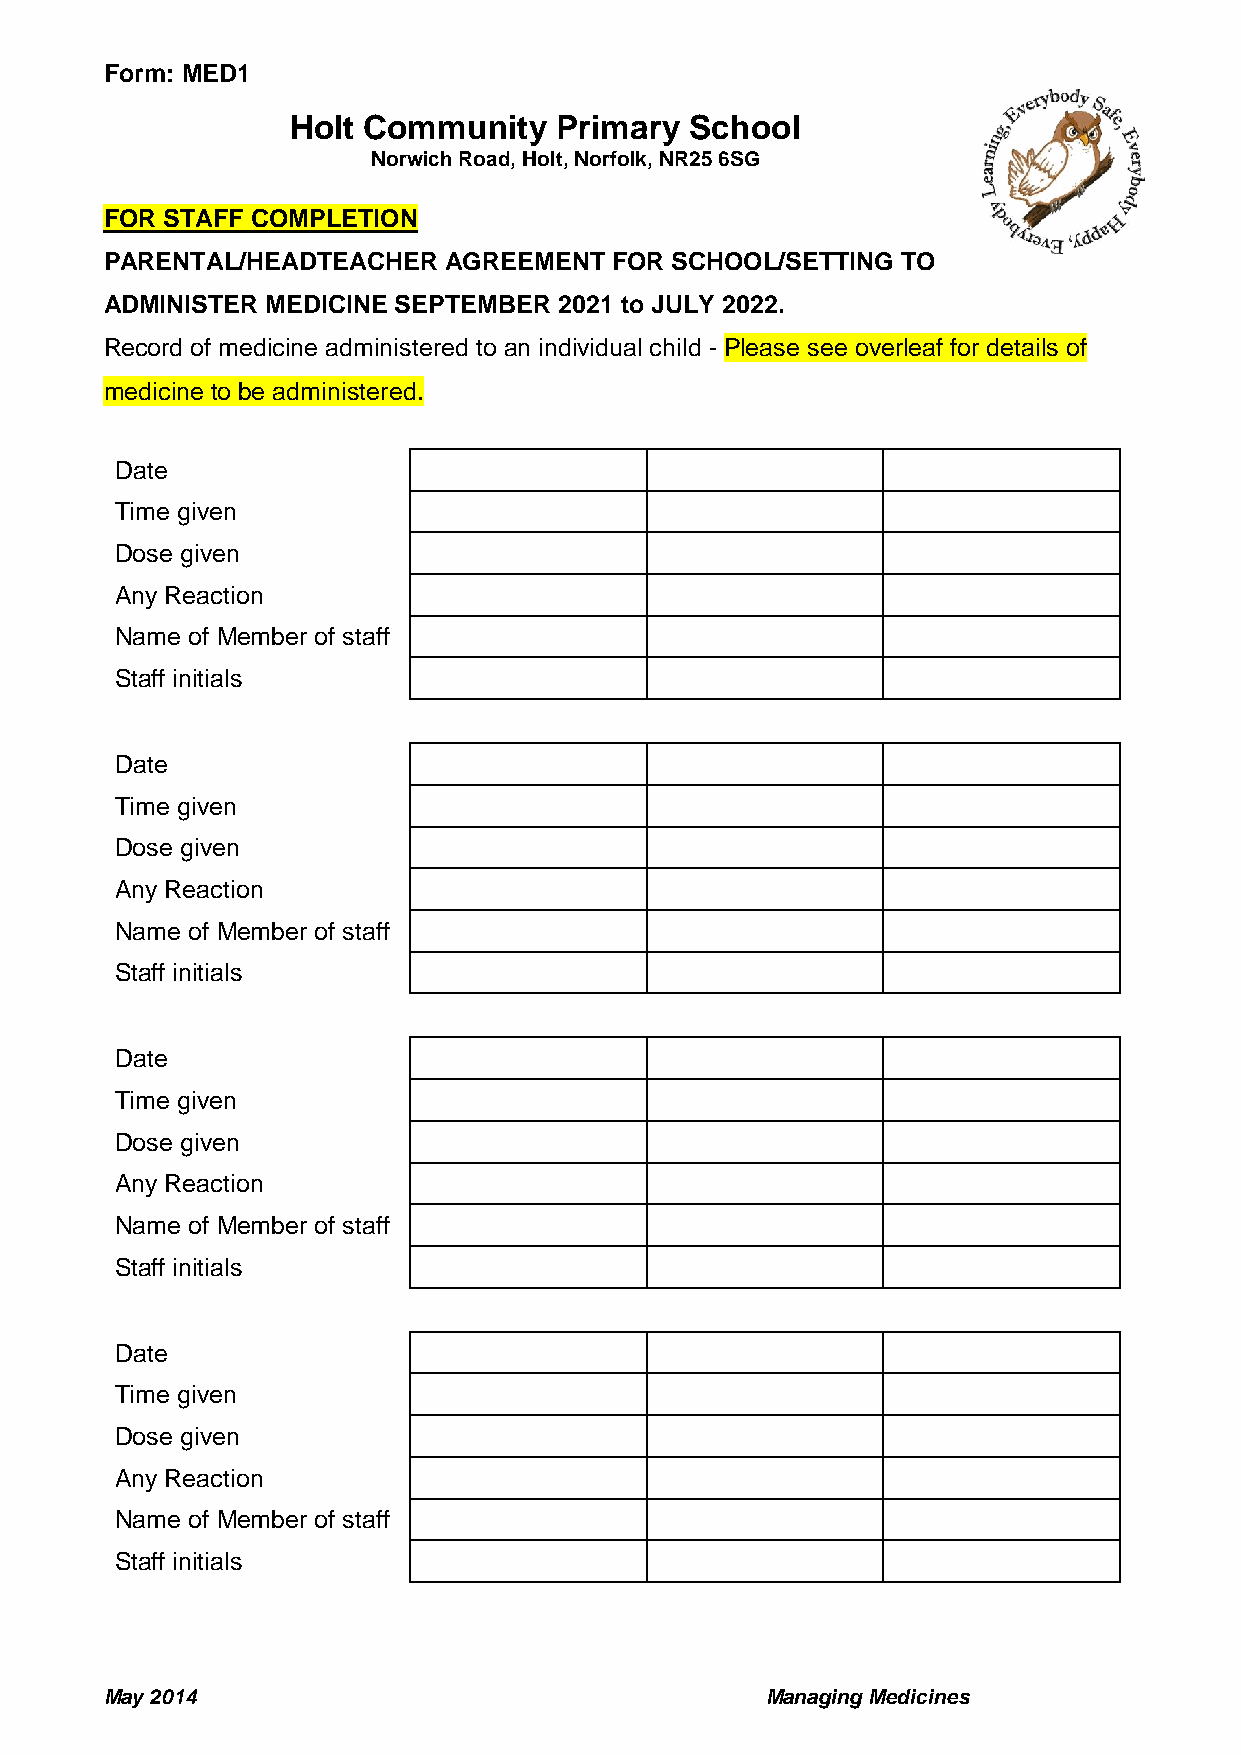
Form: MED1
 Holt Community    Primary  School
 Norwich Road, Holt, Norfolk, NR25 6SG
 FOR STAFF COMPLETION
 PARENTAL/HEADTEACHER  AGREEMENT  FOR SCHOOL/SETTING  TO
 ADMINISTER MEDICINE SEPTEMBER 2021 to JULY 2022.
 Record of medicine administered to an individual child - Please see overleaf for details of
 medicine to be administered.
 Date
 Time given
 Dose given
 Any Reaction
 Name of Member of staff
 Staff initials
 Date
 Time given
 Dose given
 Any Reaction
 Name of Member of staff
 Staff initials
 Date
 Time given
 Dose given
 Any Reaction
 Name of Member of staff
 Staff initials
 Date
 Time given
 Dose given
 Any Reaction
 Name of Member of staff
 Staff initials
 May 2014                                    Managing Medicines